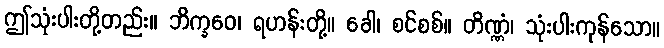
ဤသုံးပါးတို့တည်း။ ဘိက္ခဝေ၊ ရဟန်းတို့။ ခေါ၊ စင်စစ်။ တိဏ္ဏံ၊ သုံးပါးကုန်သော။